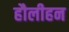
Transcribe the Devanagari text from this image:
हौलीहन